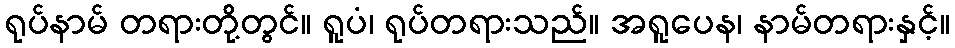
ရုပ်နာမ် တရားတို့တွင်။ ရူပံ၊ ရုပ်တရားသည်။ အရူပေန၊ နာမ်တရားနှင့်။